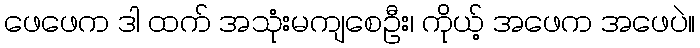
ဖေဖေက ဒါ ထက် အသုံးမကျစေဦး၊ ကိုယ့် အဖေက အဖေပဲ။